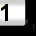
Digit: 1